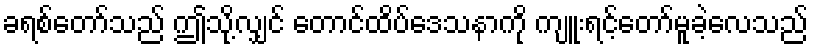
ခရစ်တော်သည် ဤသို့လျှင် တောင်ထိပ်ဒေသနာကို ကျူးရင့်တော်မူခဲ့လေသည်